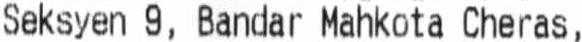
SEKSYEN 9, BANDAR MAHKOTA CHERAS,